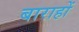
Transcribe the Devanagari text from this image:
बाराहों